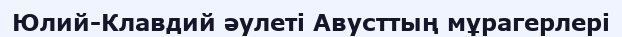
Юлий-Клавдий әулеті Авусттың мұрагерлерi